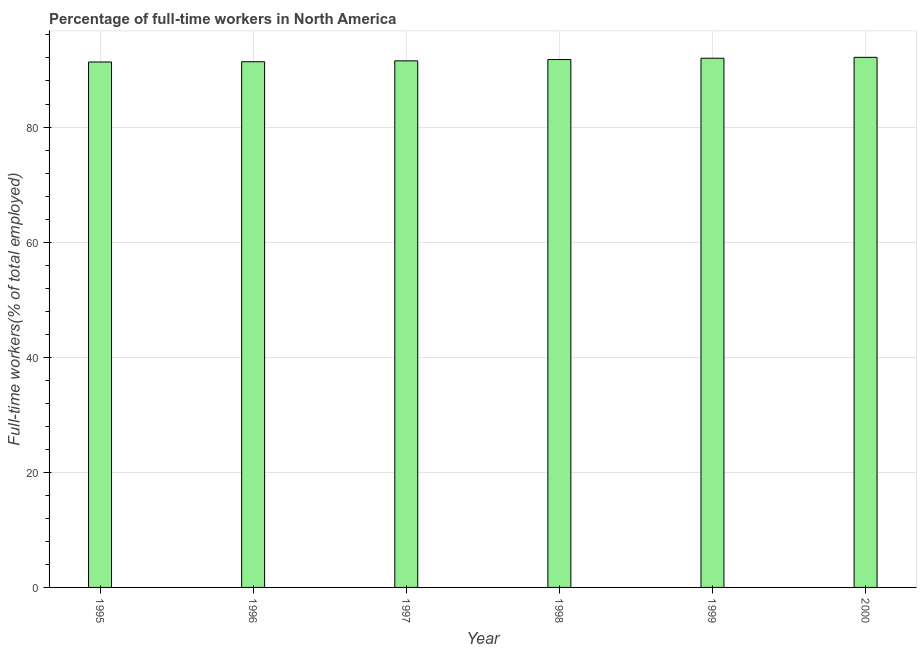
| Year | Wage and salaried workers |
 | --- | --- |
 | 1995 | 91.3 |
 | 1996 | 91.3 |
 | 1997 | 91.5 |
 | 1998 | 91.7 |
 | 1999 | 92 |
 | 2000 | 92.1 |